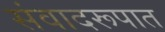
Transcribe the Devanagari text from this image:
संवादरूपात